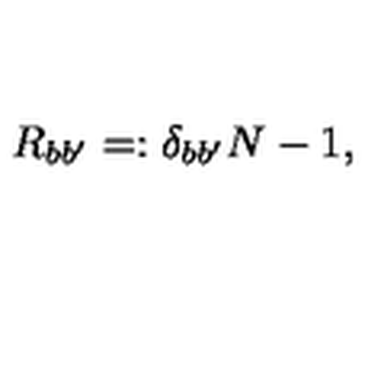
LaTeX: R _ { b b ^ { \prime } } = : \delta _ { b b ^ { \prime } } N - 1 ,